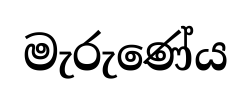
මැරුණේය